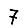
Digit: 7